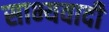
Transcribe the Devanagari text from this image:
साभ्यवादी